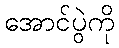
အောင်ပွဲကို